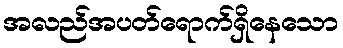
အလည်အပတ်ရောက်ရှိနေသော